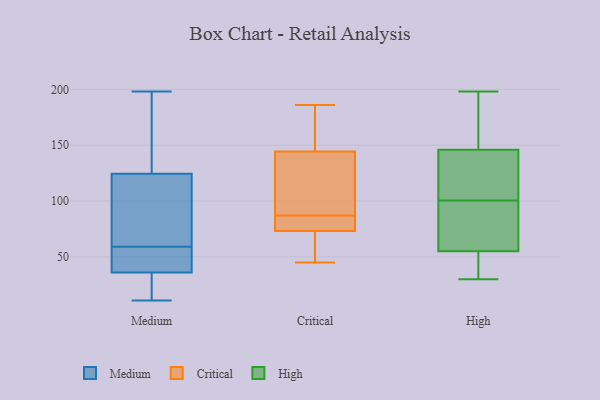
{"axis": {"x": "Headcount", "y": "Value"}, "legend": ["Critical", "High", "Medium"], "data": [{"x": "", "y": 59, "type": "Medium"}, {"x": "", "y": 39, "type": "Medium"}, {"x": "", "y": 27, "type": "Medium"}, {"x": "", "y": 57, "type": "Medium"}, {"x": "", "y": 141, "type": "Medium"}, {"x": "", "y": 11, "type": "Medium"}, {"x": "", "y": 61, "type": "Medium"}, {"x": "", "y": 197, "type": "Medium"}, {"x": "", "y": 24, "type": "Medium"}, {"x": "", "y": 198, "type": "Medium"}, {"x": "", "y": 100, "type": "Medium"}, {"x": "", "y": 40, "type": "Medium"}, {"x": "", "y": 119, "type": "Medium"}, {"x": "", "y": 81, "type": "Critical"}, {"x": "", "y": 86, "type": "Critical"}, {"x": "", "y": 103, "type": "Critical"}, {"x": "", "y": 71, "type": "Critical"}, {"x": "", "y": 112, "type": "Critical"}, {"x": "", "y": 66, "type": "Critical"}, {"x": "", "y": 45, "type": "Critical"}, {"x": "", "y": 155, "type": "Critical"}, {"x": "", "y": 80, "type": "Critical"}, {"x": "", "y": 87, "type": "Critical"}, {"x": "", "y": 73, "type": "Critical"}, {"x": "", "y": 98, "type": "Critical"}, {"x": "", "y": 159, "type": "Critical"}, {"x": "", "y": 94, "type": "Critical"}, {"x": "", "y": 166, "type": "Critical"}, {"x": "", "y": 186, "type": "Critical"}, {"x": "", "y": 74, "type": "Critical"}, {"x": "", "y": 170, "type": "Critical"}, {"x": "", "y": 60, "type": "Critical"}, {"x": "", "y": 93, "type": "High"}, {"x": "", "y": 33, "type": "High"}, {"x": "", "y": 146, "type": "High"}, {"x": "", "y": 31, "type": "High"}, {"x": "", "y": 198, "type": "High"}, {"x": "", "y": 82, "type": "High"}, {"x": "", "y": 94, "type": "High"}, {"x": "", "y": 74, "type": "High"}, {"x": "", "y": 30, "type": "High"}, {"x": "", "y": 115, "type": "High"}, {"x": "", "y": 46, "type": "High"}, {"x": "", "y": 111, "type": "High"}, {"x": "", "y": 162, "type": "High"}, {"x": "", "y": 174, "type": "High"}, {"x": "", "y": 161, "type": "High"}, {"x": "", "y": 107, "type": "High"}, {"x": "", "y": 142, "type": "High"}, {"x": "", "y": 55, "type": "High"}]}